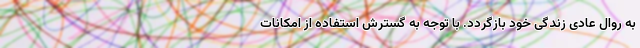
به روال عادی زندگی خود بازگردد. با توجه به گسترش استفاده از امکانات